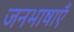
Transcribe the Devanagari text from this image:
जनभाषाएँ